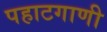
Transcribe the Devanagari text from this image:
पहाटगाणी